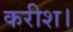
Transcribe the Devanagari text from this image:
करीश।